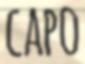
CAPO